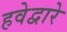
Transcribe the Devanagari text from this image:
हवेद्वारे